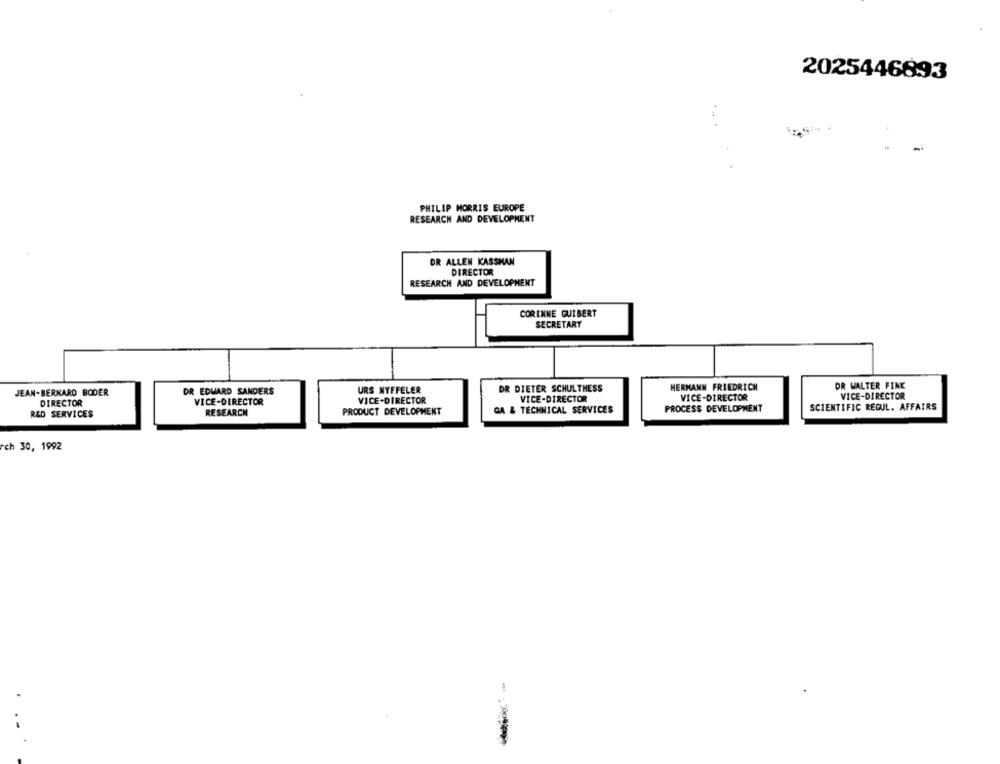
2025446893
-
PHILIP MORRIS EUROPE
RESEARCH AND DEVELOPMENT
DR ALLEN KASSHAN
DIRECTOR
RESEARCH AND DEVELOPMENT
CORINNE GUIBERT
SECRETARY
DR EDWARD SANDERS
URS NYFFELER
DR DIETER SCHULTHESS
HERMANN FRIEDRICH
DR WALTER FINK
JEAN-BERNARD BODER
VICE-DIRECTOR
VICE-DIRECTOR
VICE-DIRECTOR
DIRECTOR
VICE-DIRECTOR
VICE-DIRECTOR
SCIENTIFIC REGUL. AFFAIRS
R&D SERVICES
RESEARCH
PRODUCT DEVELOPMENT
CA & TECHNICAL SERVICES
PROCESS DEVELOPMENT
rch 30, 1992